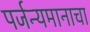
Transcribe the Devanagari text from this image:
पर्जन्यमानाचा